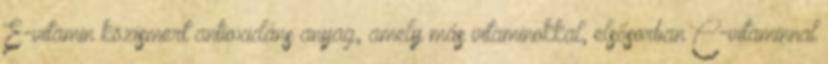
E-vitamin közismert antioxidáns anyag, amely más vitaminokkal, elsősorban C-vitaminnal